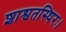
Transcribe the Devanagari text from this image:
शाश्वतस्थिरः।